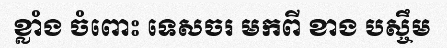
ខ្លាំង ចំពោះ ទេសចរ មកពី ខាង បស្ចឹម